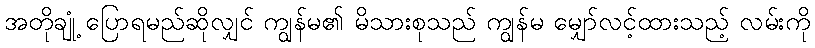
အတိုချုံ့ ပြောရမည်ဆိုလျှင် ကျွန်မ၏ မိသားစုသည် ကျွန်မ မျှော်လင့်ထားသည့် လမ်းကို